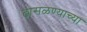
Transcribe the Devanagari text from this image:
ढासळण्याच्या